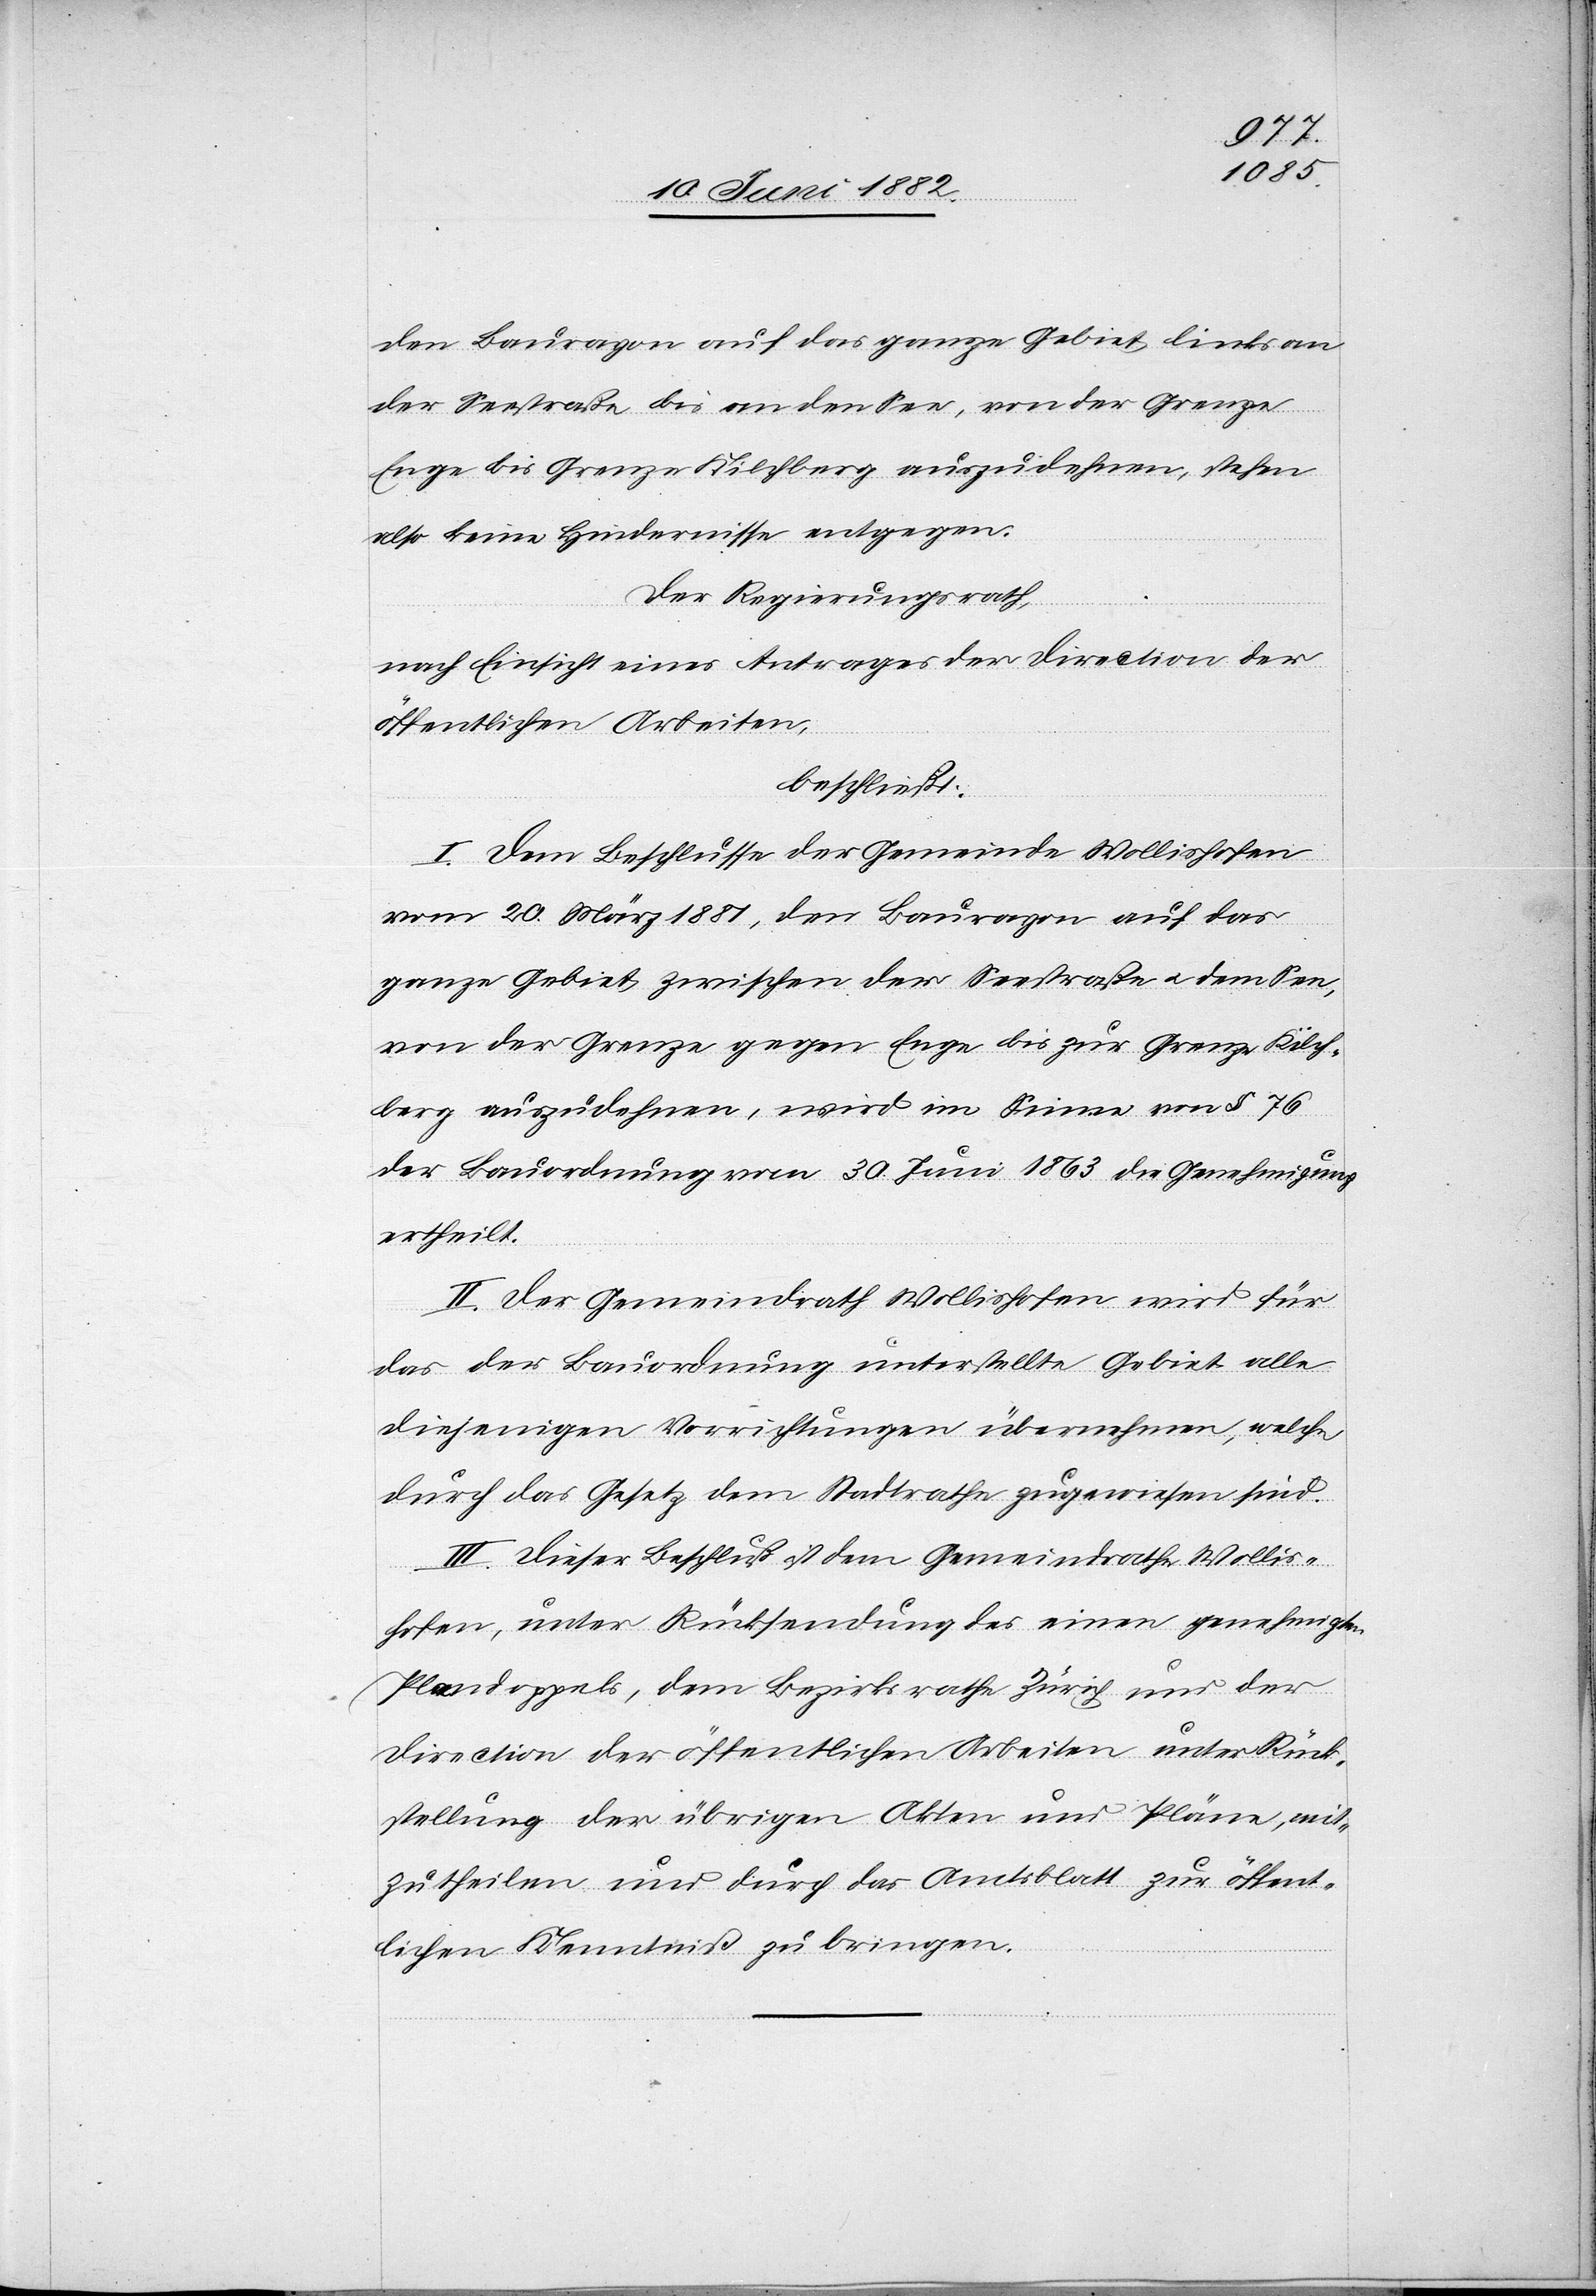
den Baurayon auf das ganze Gebiet links an
der Seestraße bis an den See, von der Grenze
Enge bis Grenze Kilchberg auszudehnen, stehen
also keine Hindernisse entgegen.
Der Regierungsrath,
nach Einsicht eines Antrages der Direction der
öffentlichen Arbeiten,
beschließt:
I. Dem Beschlusse der Gemeinde Wollishofen
vom 20. März 1881, den Baurayon auf das
ganze Gebiet zwischen der Seestraße u. dem See,
von der Grenze gegen Enge bis zur Grenze Kilch¬
berg auszudehnen, wird im Sinne von § 76
der Bauordnung vom 30. Juni 1863 die Genehmigung
ertheilt.
II. Der Gemeindrath Wollishofen wird für
das der Bauordnung unterstellte Gebiet alle
diejenigen Vorrichtungen übernehmen, welche
durch das Gesetz dem Stadtrathe zugewiesen sind.
III. Dieser Beschluß ist dem Gemeindrathe Wollis¬
hofen, unter Rücksendung des einen genehmigten
Plandoppels, dem Bezirksrathe Zürich und der
Direction der öffentlichen Arbeiten unter Rück¬
stellung der übrigen Akten und Pläne, mit¬
zutheilen und durch das Amtsblatt zur öffent¬
lichen Kenntniß zu bringen.